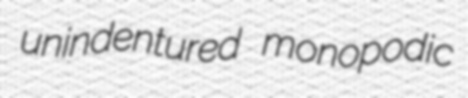
unindentured monopodic